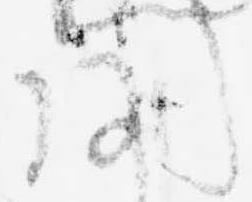
聞